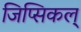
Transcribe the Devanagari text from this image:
जिप्सिकल्